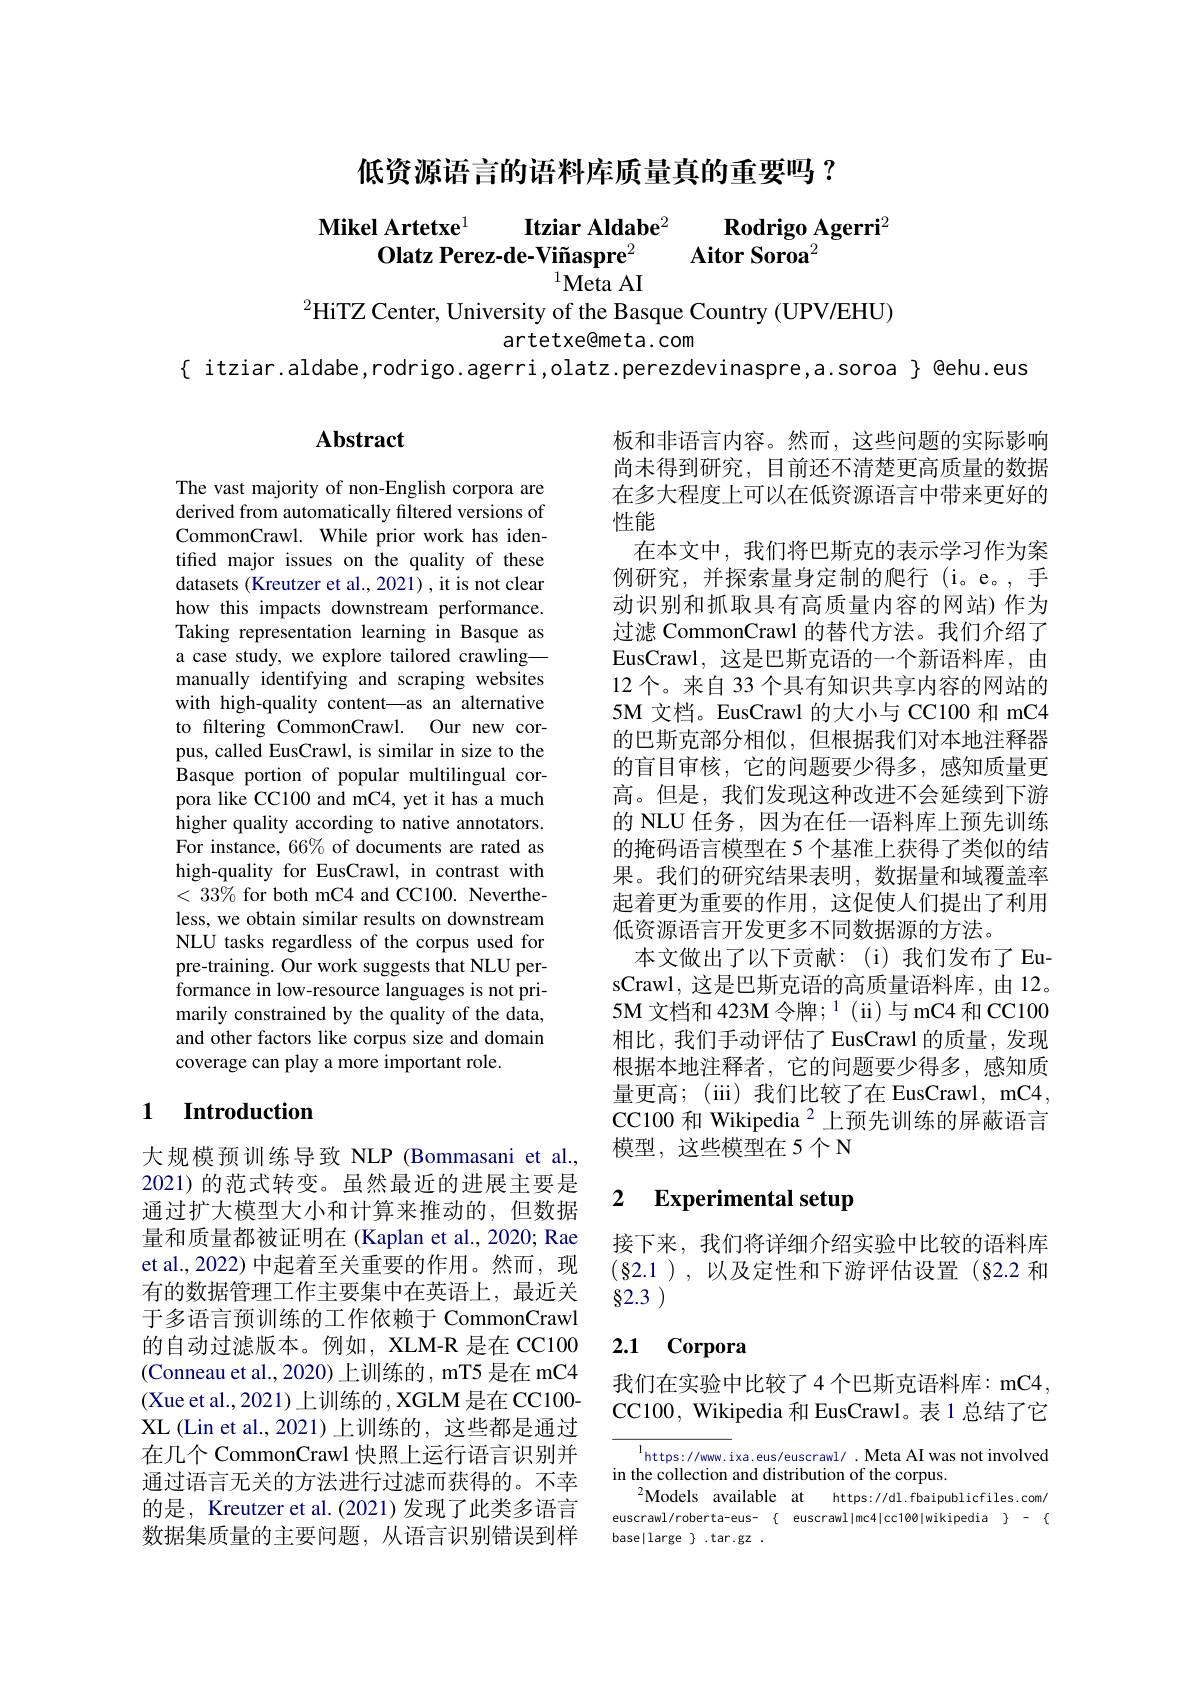
低资源语言的语料库质量真的重要吗？

$\begin{array}{cc}\text{Mikel Artetxe}^1&\textbf{Itziar Aldabe}^2&\textbf{Rodrigo Agerr}\\\textbf{Olatz Perez-de-Viñaspre}^2&\textbf{Aitor Soroa}^2\end{array}$
$^2$HiTZ Center, University of the Basque Country (UPV/EHU)

artetxe@meta.com

$\{$ itziar.aldabe,rodrigo.agerri,olatz.perezdevinaspre,a.soroa $\}$ @ehu.eus

## Abstract

The vast majority of non-English corpora are derived from automatically filtered versions of CommonCrawl. While prior work has identified major issues on the quality of these datasets (Kreutzer et al., 2021), it is not clear how this impacts downstream performance. Taking representation learning in Basque as a case study, we explore tailored crawling— manually identifying and scraping websites with high-quality content—as an alternative to filtering CommonCrawl. Our new corpus, called EusCrawl, is similar in size to the Basque portion of popular multilingual corpora like CC100 and mC4, yet it has a much higher quality according to native annotators. For instance, 66% of documents are rated as high-quality for EusCrawl, in contrast with $<33\%$ for both mC4 and CC100. Nevertheless, we obtain similar results on downstream NLU tasks regardless of the corpus used for pre-training. Our work suggests that NLU performance in low-resource languages is not primarily constrained by the quality of the data, and other factors like corpus size and domain coverage can play a more important role.

板和非语言内容。然而，这些问题的实际影响尚未得到研究，目前还不清楚更高质量的数据在多大程度上可以在低资源语言中带来更好的性能
在本文中，我们将巴斯克的表示学习作为案例研究，并探索量身定制的爬行(i。e。,手动识别和抓取具有高质量内容的网站)作为过滤 CommonCrawl 的替代方法。我们介绍了EusCrawl, 这是巴斯克语的一个新语料库，由12 个。来自 33 个具有知识共享内容的网站的5M 文档。EusCrawl 的大小与 CC100 和 mC4的巴斯克部分相似，但根据我们对本地注释器的盲目审核，它的问题要少得多，感知质量更高。但是，我们发现这种改进不会延续到下游的 NLU 任务，因为在任一语料库上预先训练的掩码语言模型在 5 个基准上获得了类似的结果。我们的研究结果表明，数据量和域覆盖率起着更为重要的作用，这促使人们提出了利用低资源语言开发更多不同数据源的方法。
本文做出了以下贡献：(i)我们发布了EusCrawl, 这是巴斯克语的高质量语料库，由 12。5M 文档和 423M 令牌；1(ii)与 mC4 和 CC100相比，我们手动评估了EusCrawl 的质量，发现根据本地注释者，它的问题要少得多，感知质量更高；(iii) 我们比较了在 EusCrawl, mC4, $\mathrm{CC100~和~Wikipedia~}^{2}$上预先训练的屏蔽语言模型，这些模型在5个N

## 1 Introduction

### 2 $\textbf{Experimental setup}$

接下来，我们将详细介绍实验中比较的语料库$(\S2.1),以及定性和下游评估设置(§2.2和)$ 82.3

# 2.1 Corpora

大规模预训练导致 NLP (Bommasani et al., 2021) 的范式转变。虽然最近的进展主要是通过扩大模型大小和计算来推动的，但数据量和质量都被证明在 (Kaplan et al., 2020; Rae et al., 2022) 中起着至关重要的作用。然而，现有的数据管理工作主要集中在英语上，最近关于多语言预训练的工作依赖于 CommonCrawl 的自动过滤版本。例如，XLM-R 是在 CC100 (Conneau et al., 2020) 上训练的 , mT5 是在 mC4 (Xue et al., 2021) 上训练的，XGLM 是在 CC100- XL (Lin et al., 2021) 上训练的，这些都是通过在几个 CommonCrawl 快照上运行语言识别并通过语言无关的方法进行过滤而获得的。不幸的是，Kreutzer et al.(2021)发现了此类多语言数据集质量的主要问题，从语言识别错误到样

我们在实验中比较了4个巴斯克语料库：mC4, CC100, Wikipedia 和 EusCrawl。表 1 总结了它

${\frac{1}{\mathrm{https://www.i}}}$xa.eus/euscrawl/ .Meta AI was not involved
in the collection and distribution of the corpus.
$^2$Models available at https://dl.fbaipublicfiles.com/ euscrawl/roberta-eus- $\{$ euscrawllmc4|cc100|wikipedia $\}$ - $\{$ base|large$\}.$tar.gz.